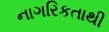
નાગરિકતાથી